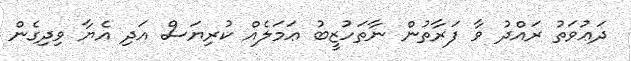
ދަޢުވަތު ރައްދު ވާ ފަރާތުން ނާތަހުޒީބު ޢަމަލެއް ކުރިޔަސް އަދި އެޔާ ވިދިގެން